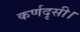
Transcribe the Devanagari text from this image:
कर्णदृसी।